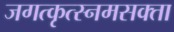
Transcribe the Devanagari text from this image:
जगत्कृत्स्नमसक्ता